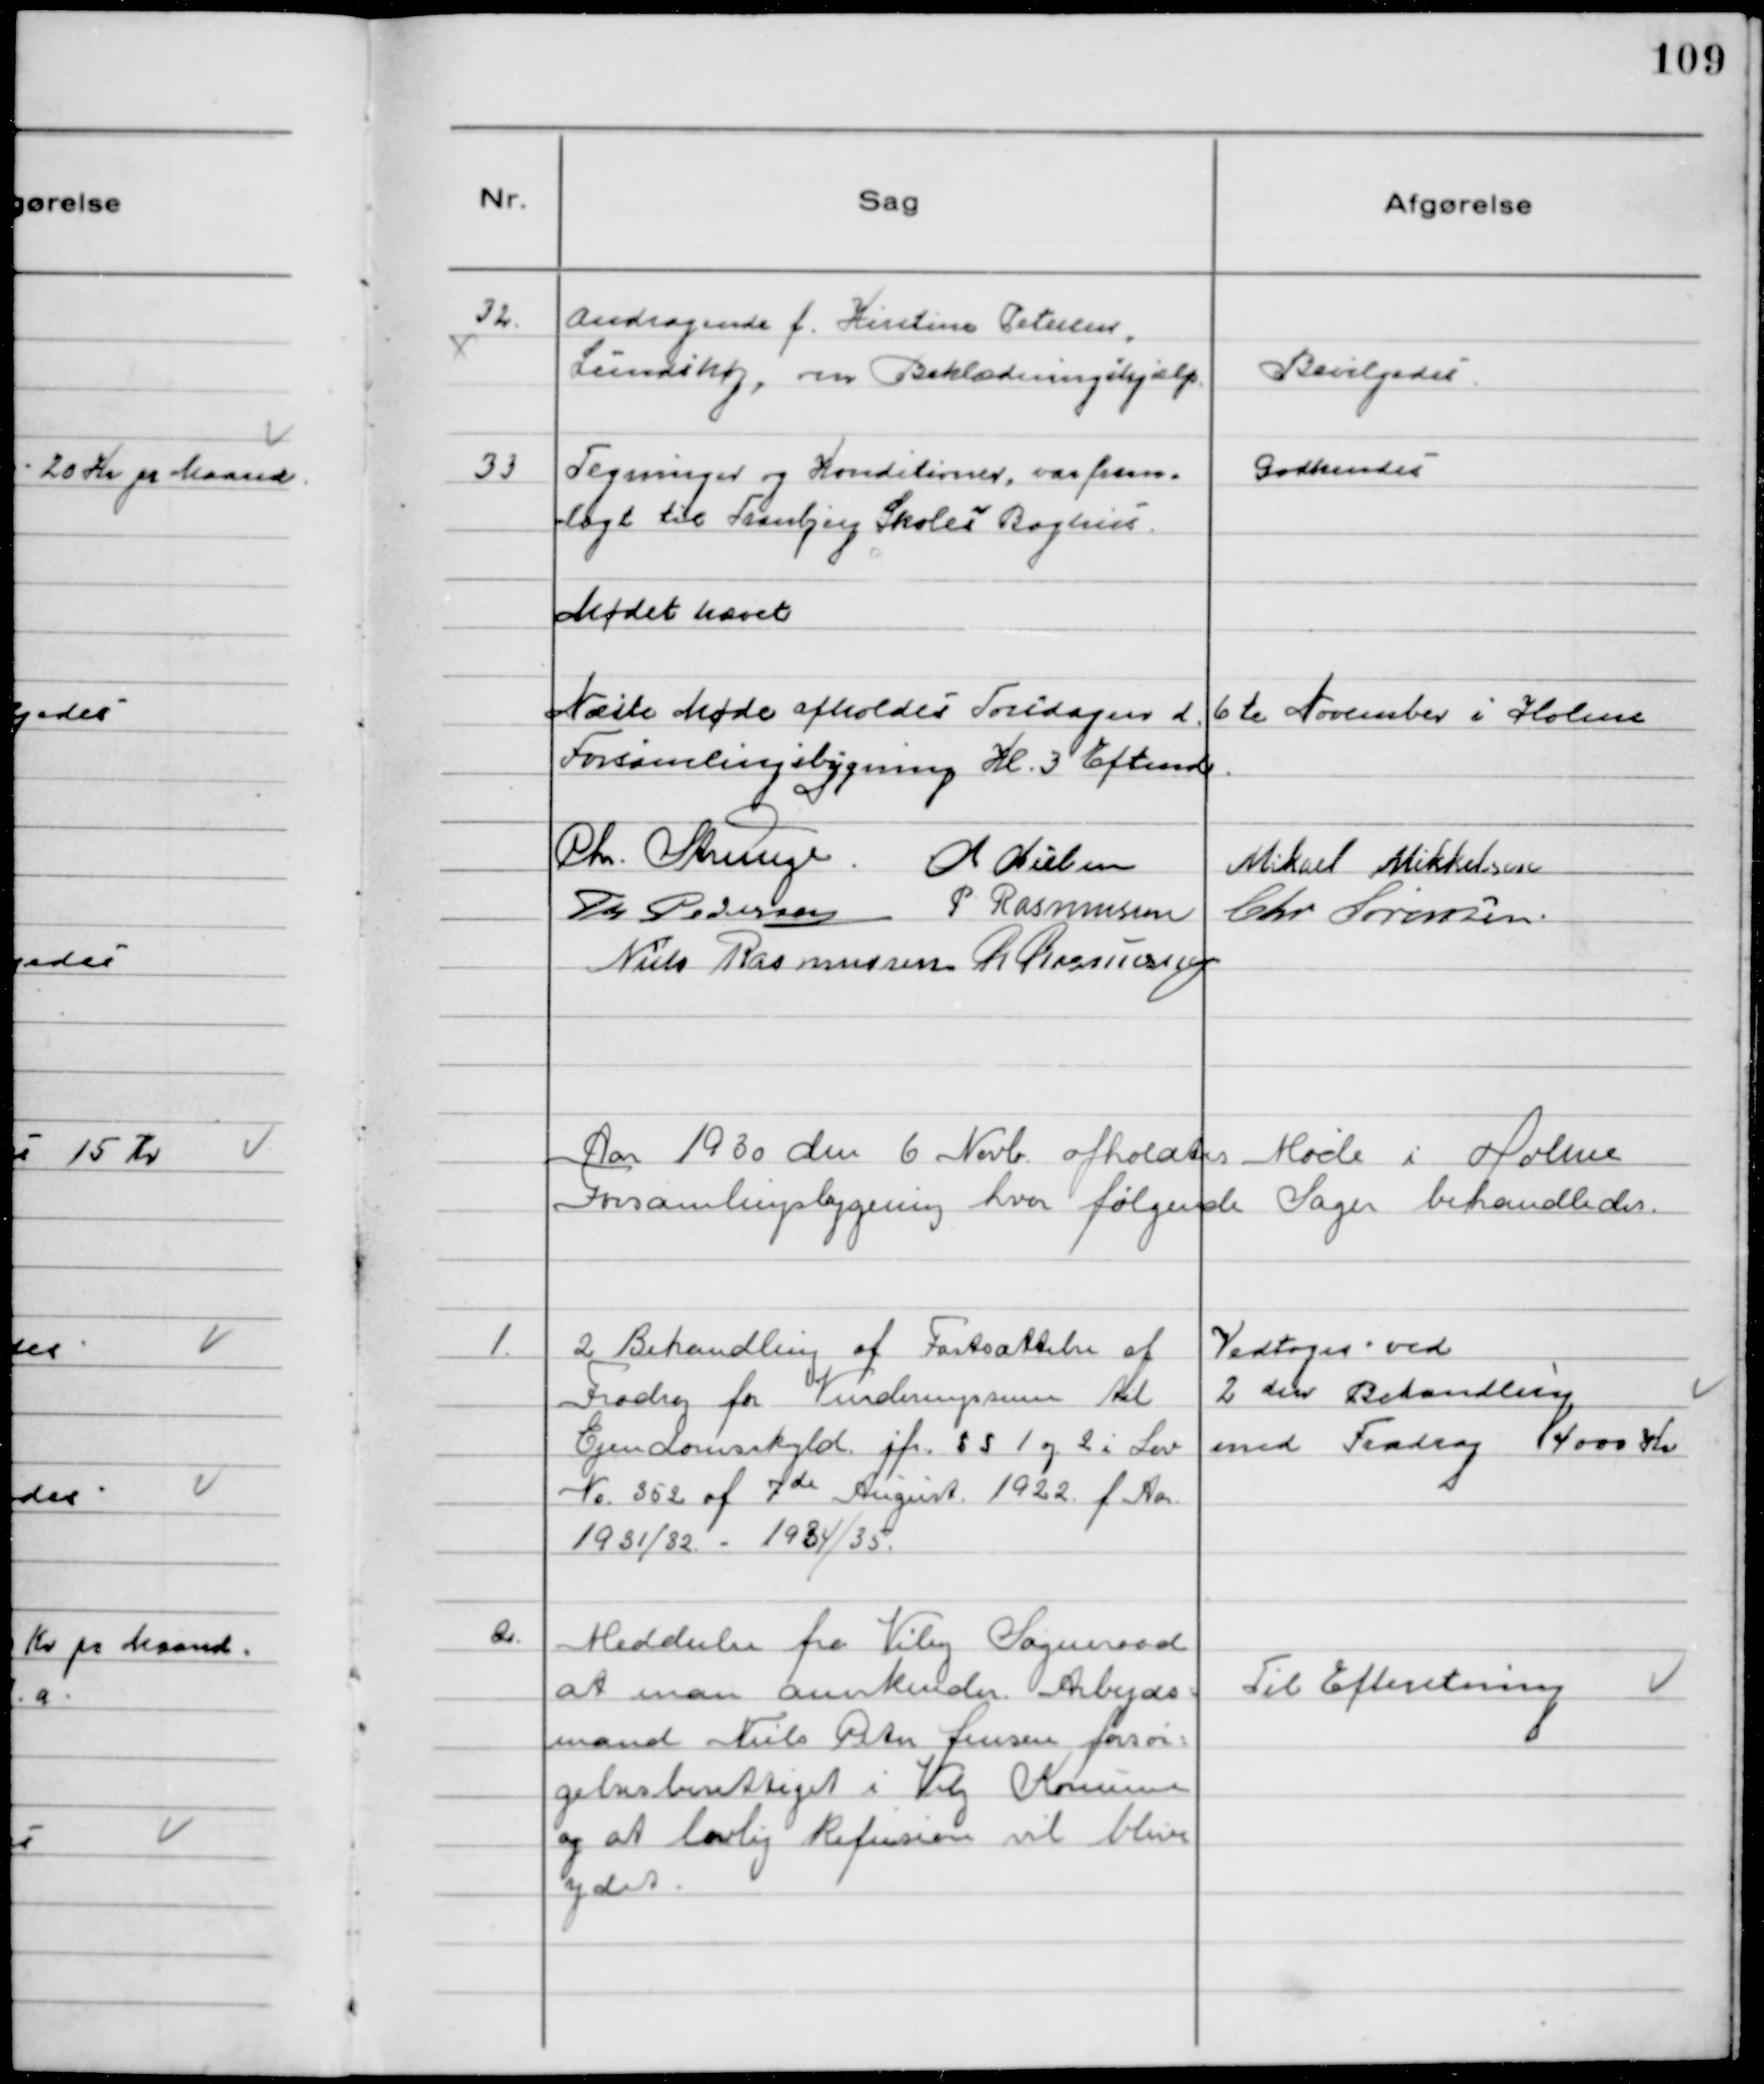
Transskription:
32.
Andragende f. Kirstine Petersen,
Lundshøj, om Beklædningshjælp.

Bevilgedes.

33
Tegninger og Konditioner, var frem-
lagt til Tranbjerg Skoles Boghus.

Godkendes

Mødet hævet

Næste Møde afholdes Torsdagen d. 6te November i Holme
Forsamlingsbygning Kl. 3 Eftemd.
Chr. Strunge. Chr Nielsen
Mikael Mikkelsen
Th Pedersen P Rasmussen
Chr Sørensen.
Niels Rasmussen R Rasmussen

Aar 1930 den 6 Novb. afholdtes Møde i Holme
Forsamlingsbygning hvor følgende Sager behandledes.

1.
2 Behandling af Fastsættelse af
Fradrag for Vurderingssum til
Ejendomsskyld jf. § S 1 og 2 i Lov
№352 af 7de August 1922 f Aar
1931/32 - 1934/35.

Vedtoges ved
2 den Behandling
med Fradrag 4000 Kr

2.
Meddeelse fra Viby Sogneraad
at man anerkender Arbejds-
mand Niels Peter Jensen forsør-
gelsesberettiget i Viby Kommune
og at lovlig Refusion vil blive
ydet.

Til Efteretning